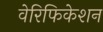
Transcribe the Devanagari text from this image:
वेरिफिकेशन